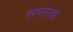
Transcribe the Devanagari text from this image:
समस्ता